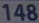
148